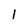
Character: l